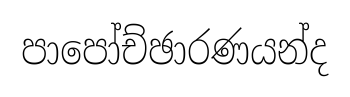
පාපෝච්ඡාරණයන්ද